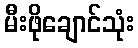
မီးဖိုချောင်သုံး